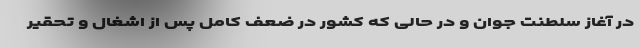
در آغاز سلطنت جوان و در حالی که کشور در ضعف کامل پس از اشغال و تحقیر